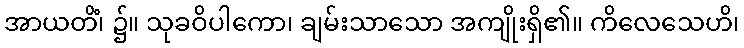
အာယတိံ၊ ၌။ သုခဝိပါကော၊ ချမ်းသာသော အကျိုးရှိ၏။ ကိလေသေဟိ၊